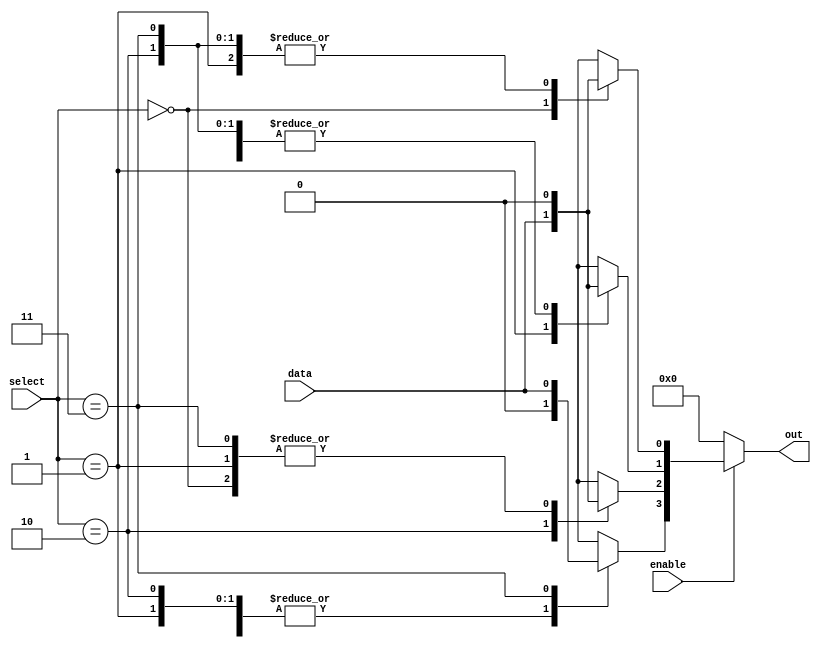
module ParameterizedDemux #(
    parameter N = 4  // Number of output lines (must be a power of 2)
)(
    input wire data,                // Data input line
    input wire [$clog2(N)-1:0] select, // Select input
    input wire enable,              // Enable signal
    output reg [N-1:0] out         // Output lines
);

    // Always block for combinatorial logic
    always @(*) begin
        // Default all outputs to zero
        out = {N{1'b0}};  // Initialize all outputs to 0

        // If enable signal is asserted
        if (enable) begin
            case (select)
                0: out[0] = data;  // Connect data to output 0
                1: out[1] = data;  // Connect data to output 1
                2: out[2] = data;  // Connect data to output 2
                3: out[3] = data;  // Connect data to output 3
                // Add cases for higher values if N is increased
                // For example, if N is 8, add cases for 4, 5, 6, 7
                // 4: out[4] = data;
                // 5: out[5] = data;
                // 6: out[6] = data;
                // 7: out[7] = data;
                // ... up to N-1
                default: out = {N{1'b0}}; // Default case (should not happen)
            endcase
        end
    end

endmodule